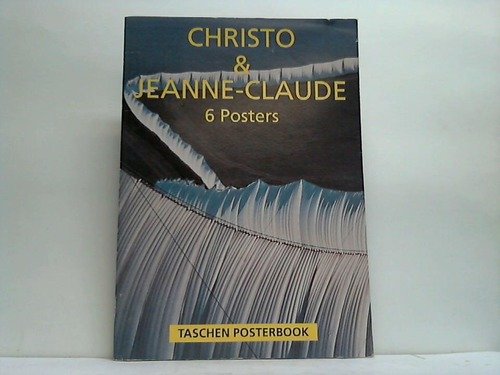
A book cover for Christo and Jeanne Claude: 6 Posters (Taschen posterbook); Christo; Crafts, Hobbies & Home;